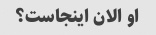
او الان اینجاست؟